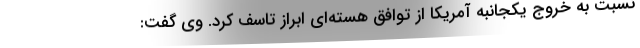
نسبت به خروج یکجانبه آمریکا از توافق‌ هسته‌ای ابراز تاسف کرد. وی گفت: